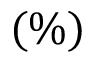
( \% )